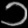
Digit: ၁